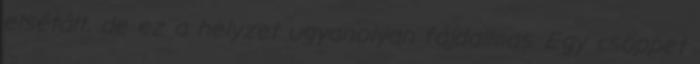
elsétált, de ez a helyzet ugyanolyan fájdalmas. Egy csöppet